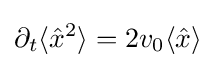
\partial _{t}\langle {\hat {x}}^{2}\rangle =2v_{0}\langle {\hat {x}}\rangle